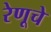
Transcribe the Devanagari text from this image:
रेणूचे